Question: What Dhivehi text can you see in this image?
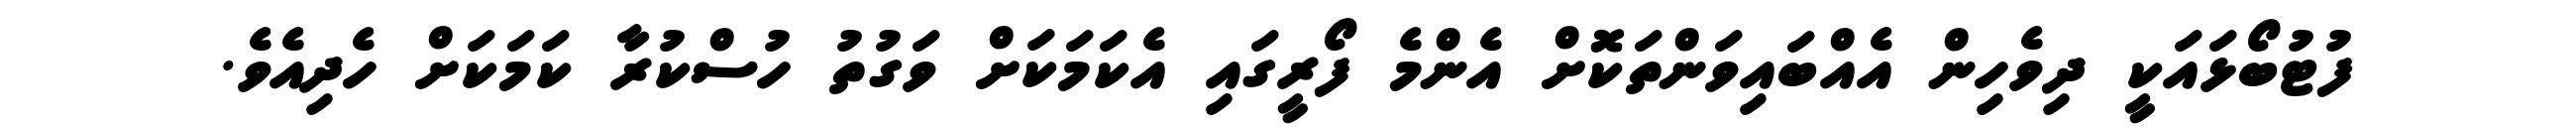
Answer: ފުޓުބޯޅައަކީ ދިވެހިން އެއްބައިވަންތަކޮށް އެންމެ ފޯރީގައި އެކަމަކަށް ވަގުތު ހުސްކުރާ ކަމަކަށް ހެދިއެވެ.